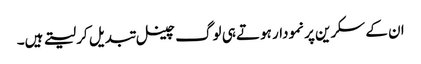
ان کے سکرین پر نمودار ہوتے ہی لوگ چینل تبدیل کر لیتے ہیں۔